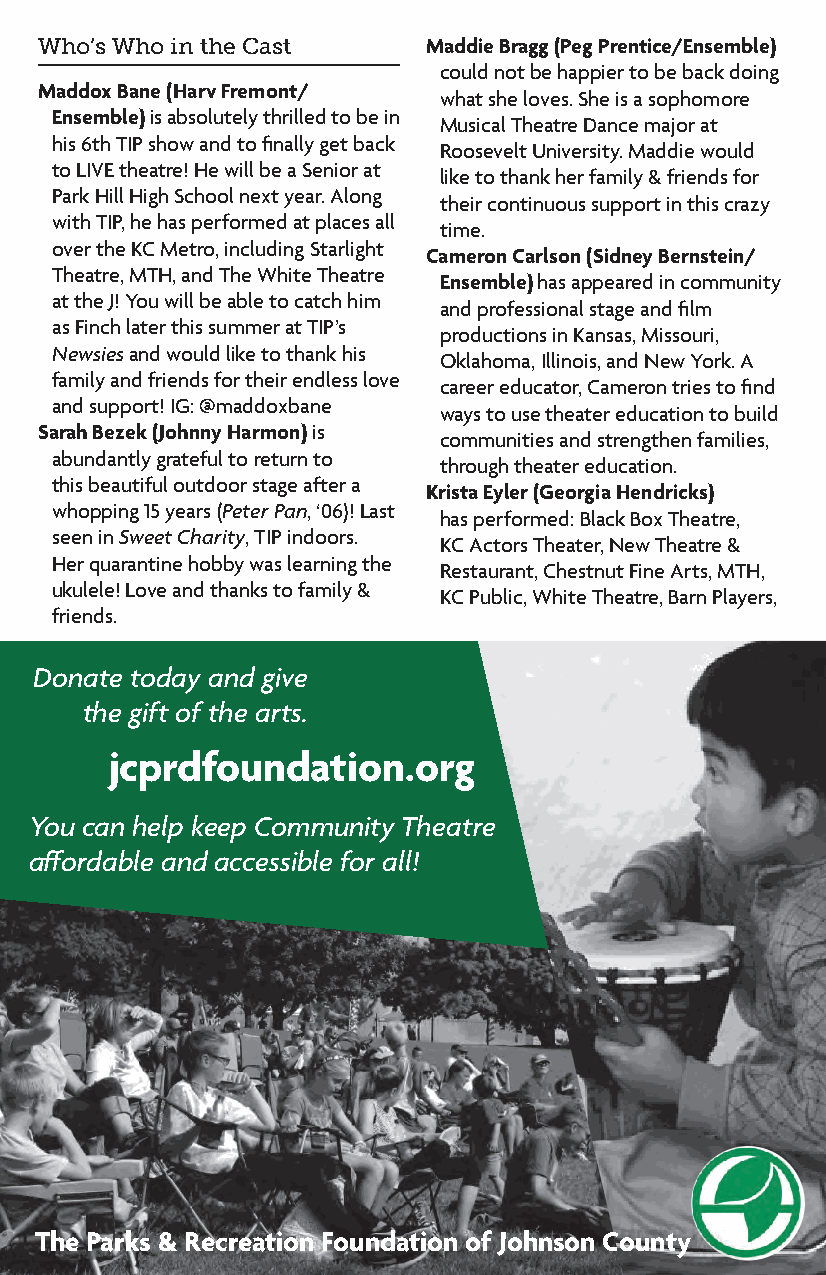
Who’s Who in the Cast     Maddie Bragg (Peg Prentice/Ensemble)
 could not be happier to be back doing
 Maddox Bane (Harv Fremont/
 what she loves. She is a sophomore
 Ensemble) is absolutely thrilled to be in
 Musical Theatre Dance major at
 his 6th TIP show and to finally get back
 Roosevelt University. Maddie would
 to LIVE theatre! He will be a Senior at
 like to thank her family & friends for
 Park Hill High School next year. Along
 their continuous support in this crazy
 with TIP, he has performed at places all
 time.
 over the KC Metro, including Starlight
 Cameron Carlson (Sidney Bernstein/
 Theatre, MTH, and The White Theatre
 Ensemble) has appeared in community
 at the J! You will be able to catch him
 and professional stage and film
 as Finch later this summer at TIP’s
 productions in Kansas, Missouri,
 Newsies and would like to thank his
 Oklahoma, Illinois, and New York. A
 family and friends for their endless love
 career educator, Cameron tries to find
 and support! IG: @maddoxbane
 ways to use theater education to build
 Sarah Bezek (Johnny Harmon) is
 communities and strengthen families,
 abundantly grateful to return to
 through theater education.
 this beautiful outdoor stage after a
 Krista Eyler (Georgia Hendricks)
 whopping 15 years (Peter Pan, ‘06)! Last
 has performed: Black Box Theatre,
 seen in Sweet Charity, TIP indoors.
 KC Actors Theater, New Theatre &
 Her quarantine hobby was learning the
 Restaurant, Chestnut Fine Arts, MTH,
 ukulele! Love and thanks to family &
 KC Public, White Theatre, Barn Players,
 friends.
 Donate today and give
 the gift of the arts.
 jcprdfoundation.org
 You can help keep Community Theatre
 affordable and accessible for all!
 The Parks & Recreation Foundation of Johnson County